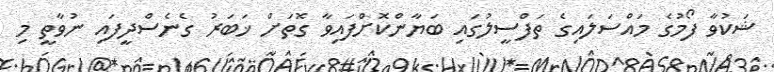
ޝަކުވާ ފޯމުގެ މައްސަލައިގެ ތަފްސީލުގައި ބަޔާންކޮށްފައިވާ ގޮތަށް ޚަބަރު ގެނެސްދީފައި ނުވާތީ މި